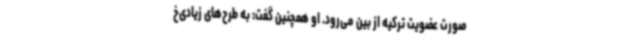
صورت عضویت ترکیه از بین می‌رود. او همچنین گفت: به طرح‌های زیادی‌خ